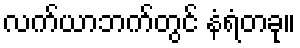
လက်ယာဘက်တွင် နံရံတခု။